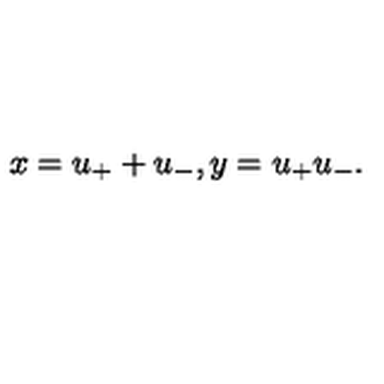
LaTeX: x = u _ { + } + u _ { - } , y = u _ { + } u _ { - } .